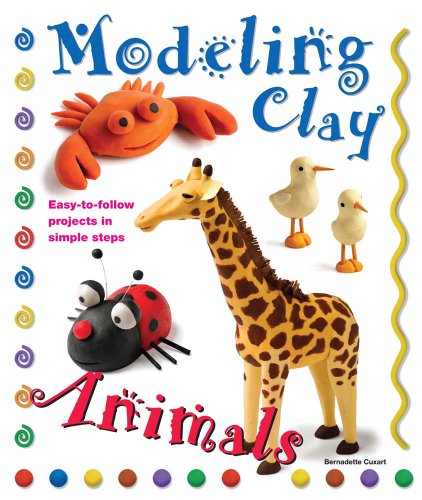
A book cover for Modeling Clay Animals: Easy-to-Follow Projects in Simple Steps; Bernadette Cuxart; Children's Books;